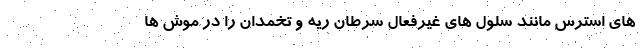
های استرس مانند سلول های غیرفعال سرطان ریه و تخمدان را در موش ها